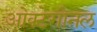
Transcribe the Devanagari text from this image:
ओक्टेगोनल